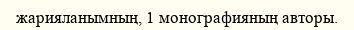
жарияланымның, 1 монографияның авторы.